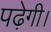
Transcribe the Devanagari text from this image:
पढ़ेगी।